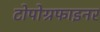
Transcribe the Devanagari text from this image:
टोपोग्रफाइनर